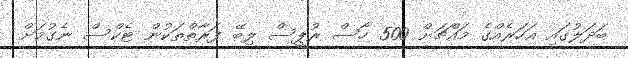
ބަދަލުގައި އަހަރެއްގެ މައްޗަށް 500 ހާސް ރުޕީސް ލިބޭ ފަރާތްތަކުން ޓެކްސް ނެގުމަށް